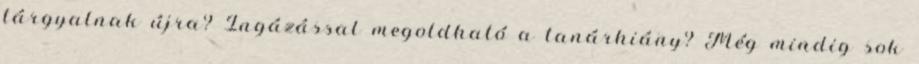
tárgyalnak újra? Ingázással megoldható a tanárhiány? Még mindig sok